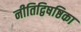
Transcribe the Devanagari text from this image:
नीतिद्विषष्ठिका